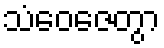
သံဝေဇေတွာ